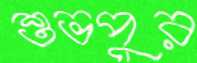
শুভপুর